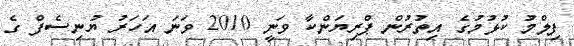
ފިލްމު ކުޅުމުގެ އިތުރުން ޕްރިޔަންކާ ވަނީ 2010 ވަނަ އަހަރު ޔުނިސެފް ގެ